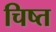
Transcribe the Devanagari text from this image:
चिष्त